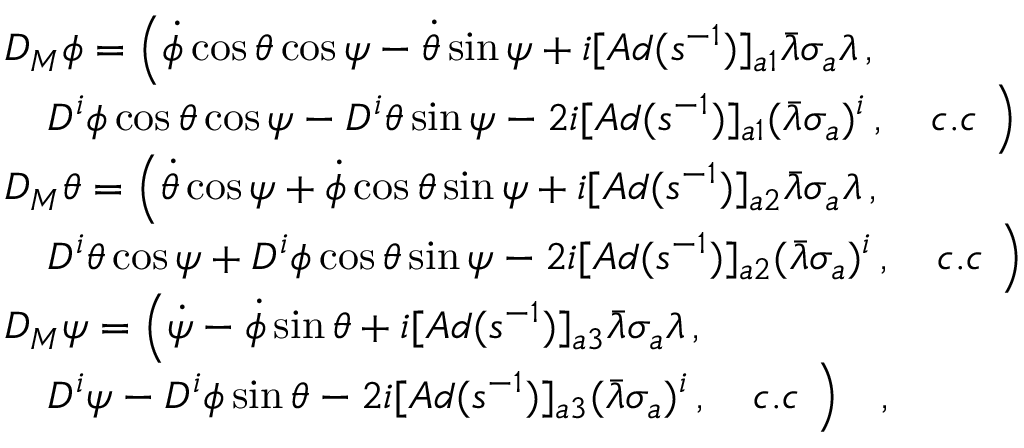
\begin{array} { l } { { \displaystyle { \cal D } _ { M } \phi = \Bigl ( \dot { \phi } \cos \theta \cos \psi - \dot { \theta } \sin \psi + i [ A d ( s ^ { - 1 } ) ] _ { a 1 } \bar { \lambda } \sigma _ { a } \lambda \, , } } \\ { { \displaystyle \quad D ^ { i } \phi \cos \theta \cos \psi - D ^ { i } \theta \sin \psi - 2 i [ A d ( s ^ { - 1 } ) ] _ { a 1 } ( \bar { \lambda } \sigma _ { a } ) ^ { i } \, , \quad c . c \ \Bigr ) } } \\ { { \displaystyle { \cal D } _ { M } \theta = \Bigl ( \dot { \theta } \cos \psi + \dot { \phi } \cos \theta \sin \psi + i [ A d ( s ^ { - 1 } ) ] _ { a 2 } \bar { \lambda } \sigma _ { a } \lambda \, , } } \\ { { \displaystyle \quad D ^ { i } \theta \cos \psi + D ^ { i } \phi \cos \theta \sin \psi - 2 i [ A d ( s ^ { - 1 } ) ] _ { a 2 } ( \bar { \lambda } \sigma _ { a } ) ^ { i } \, , \quad c . c \ \Bigr ) } } \\ { { \displaystyle { \cal D } _ { M } \psi = \Bigl ( \dot { \psi } - \dot { \phi } \sin \theta + i [ A d ( s ^ { - 1 } ) ] _ { a 3 } \bar { \lambda } \sigma _ { a } \lambda \, , } } \\ { { \displaystyle \quad D ^ { i } \psi - D ^ { i } \phi \sin \theta - 2 i [ A d ( s ^ { - 1 } ) ] _ { a 3 } ( \bar { \lambda } \sigma _ { a } ) ^ { i } \, , \quad c . c \ \Bigr ) \quad , } } \end{array}